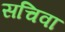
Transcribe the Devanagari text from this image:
सचिवा